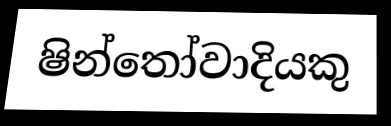
ෂින්තෝවාදියකු